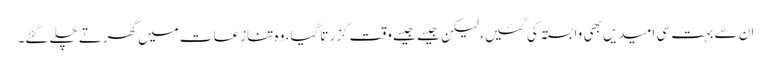
ان سے بہت سی امیدیں بھی وابستہ کی گئیں، لیکن جیسے جیسے وقت گزرتا گیا، وہ تنازعات میں گھرتے چلے گئے۔